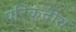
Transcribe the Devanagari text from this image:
परिकंदीय